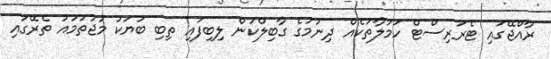
ރާއްޖޭގައި ޓެރަރިސްޓް ހަމަލާތަކެއް ދިނުމުގެ ގާބިލްކަން ލިބިފައި ތިބި ބަޔަކު މުޖުތަމައު ތެރޭގައި